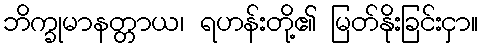
ဘိက္ခုမာနတ္တာယ၊ ရဟန်းတို့၏ မြတ်နိုးခြင်းငှာ။